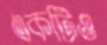
একটিও